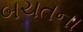
બચતના